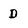
Character: D